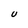
Character: U